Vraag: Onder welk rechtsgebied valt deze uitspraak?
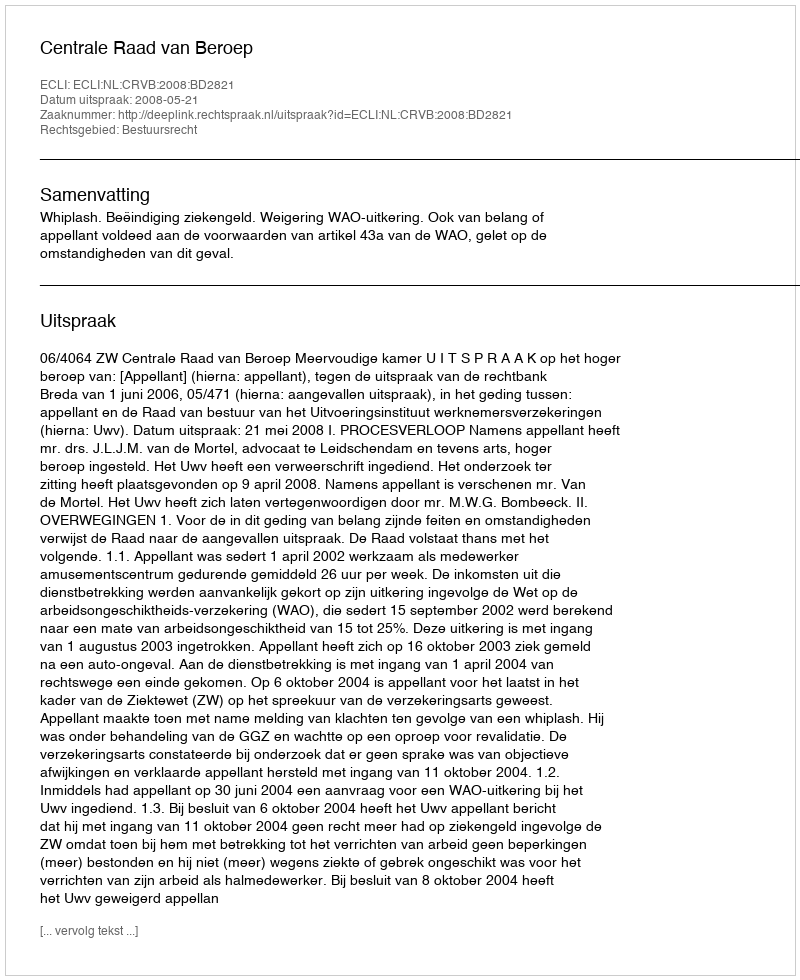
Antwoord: Bestuursrecht